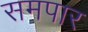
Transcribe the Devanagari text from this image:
समपार